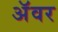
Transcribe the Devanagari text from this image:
अॅवर